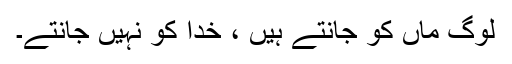
لوگ ماں کو جانتے ہیں ، خدا کو نہیں جانتے۔